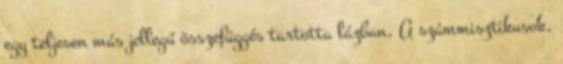
egy teljesen más jellegű összefüggés tartotta lázban. A számmisztikusok,